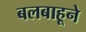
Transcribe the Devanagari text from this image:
बलबाहूने